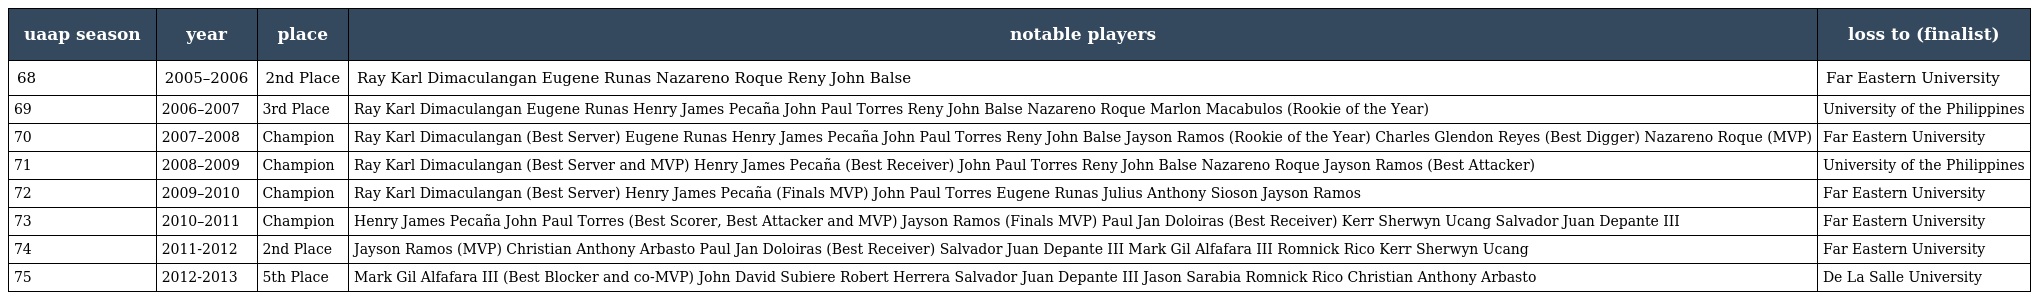
| uaap season | year | place | notable players | loss to (finalist) |
 | --- | --- | --- | --- | --- |
 | 68 | 2005–2006 | 2nd Place | Ray Karl Dimaculangan Eugene Runas Nazareno Roque Reny John Balse | Far Eastern University |
 | 69 | 2006–2007 | 3rd Place | Ray Karl Dimaculangan Eugene Runas Henry James Pecaña John Paul Torres Reny John Balse Nazareno Roque Marlon Macabulos (Rookie of the Year) | University of the Philippines |
 | 70 | 2007–2008 | Champion | Ray Karl Dimaculangan (Best Server) Eugene Runas Henry James Pecaña John Paul Torres Reny John Balse Jayson Ramos (Rookie of the Year) Charles Glendon Reyes (Best Digger) Nazareno Roque (MVP) | Far Eastern University |
 | 71 | 2008–2009 | Champion | Ray Karl Dimaculangan (Best Server and MVP) Henry James Pecaña (Best Receiver) John Paul Torres Reny John Balse Nazareno Roque Jayson Ramos (Best Attacker) | University of the Philippines |
 | 72 | 2009–2010 | Champion | Ray Karl Dimaculangan (Best Server) Henry James Pecaña (Finals MVP) John Paul Torres Eugene Runas Julius Anthony Sioson Jayson Ramos | Far Eastern University |
 | 73 | 2010–2011 | Champion | Henry James Pecaña John Paul Torres (Best Scorer, Best Attacker and MVP) Jayson Ramos (Finals MVP) Paul Jan Doloiras (Best Receiver) Kerr Sherwyn Ucang Salvador Juan Depante III | Far Eastern University |
 | 74 | 2011-2012 | 2nd Place | Jayson Ramos (MVP) Christian Anthony Arbasto Paul Jan Doloiras (Best Receiver) Salvador Juan Depante III Mark Gil Alfafara III Romnick Rico Kerr Sherwyn Ucang | Far Eastern University |
 | 75 | 2012-2013 | 5th Place | Mark Gil Alfafara III (Best Blocker and co-MVP) John David Subiere Robert Herrera Salvador Juan Depante III Jason Sarabia Romnick Rico Christian Anthony Arbasto | De La Salle University |